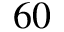
6 0